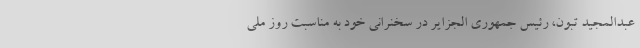
عبدالمجید تبون، رئیس جمهوری الجزایر در سخنرانی خود به مناسبت روز ملی